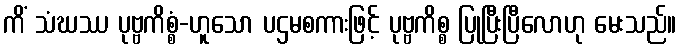
ကိံ သံဃဿ ပုဗ္ဗကိစ္စံ-ဟူသော ပဌမစကားဖြင့် ပုဗ္ဗကိစ္စ ပြုပြီးပြီလောဟု မေးသည်။